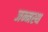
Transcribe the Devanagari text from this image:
जन्मस्थ